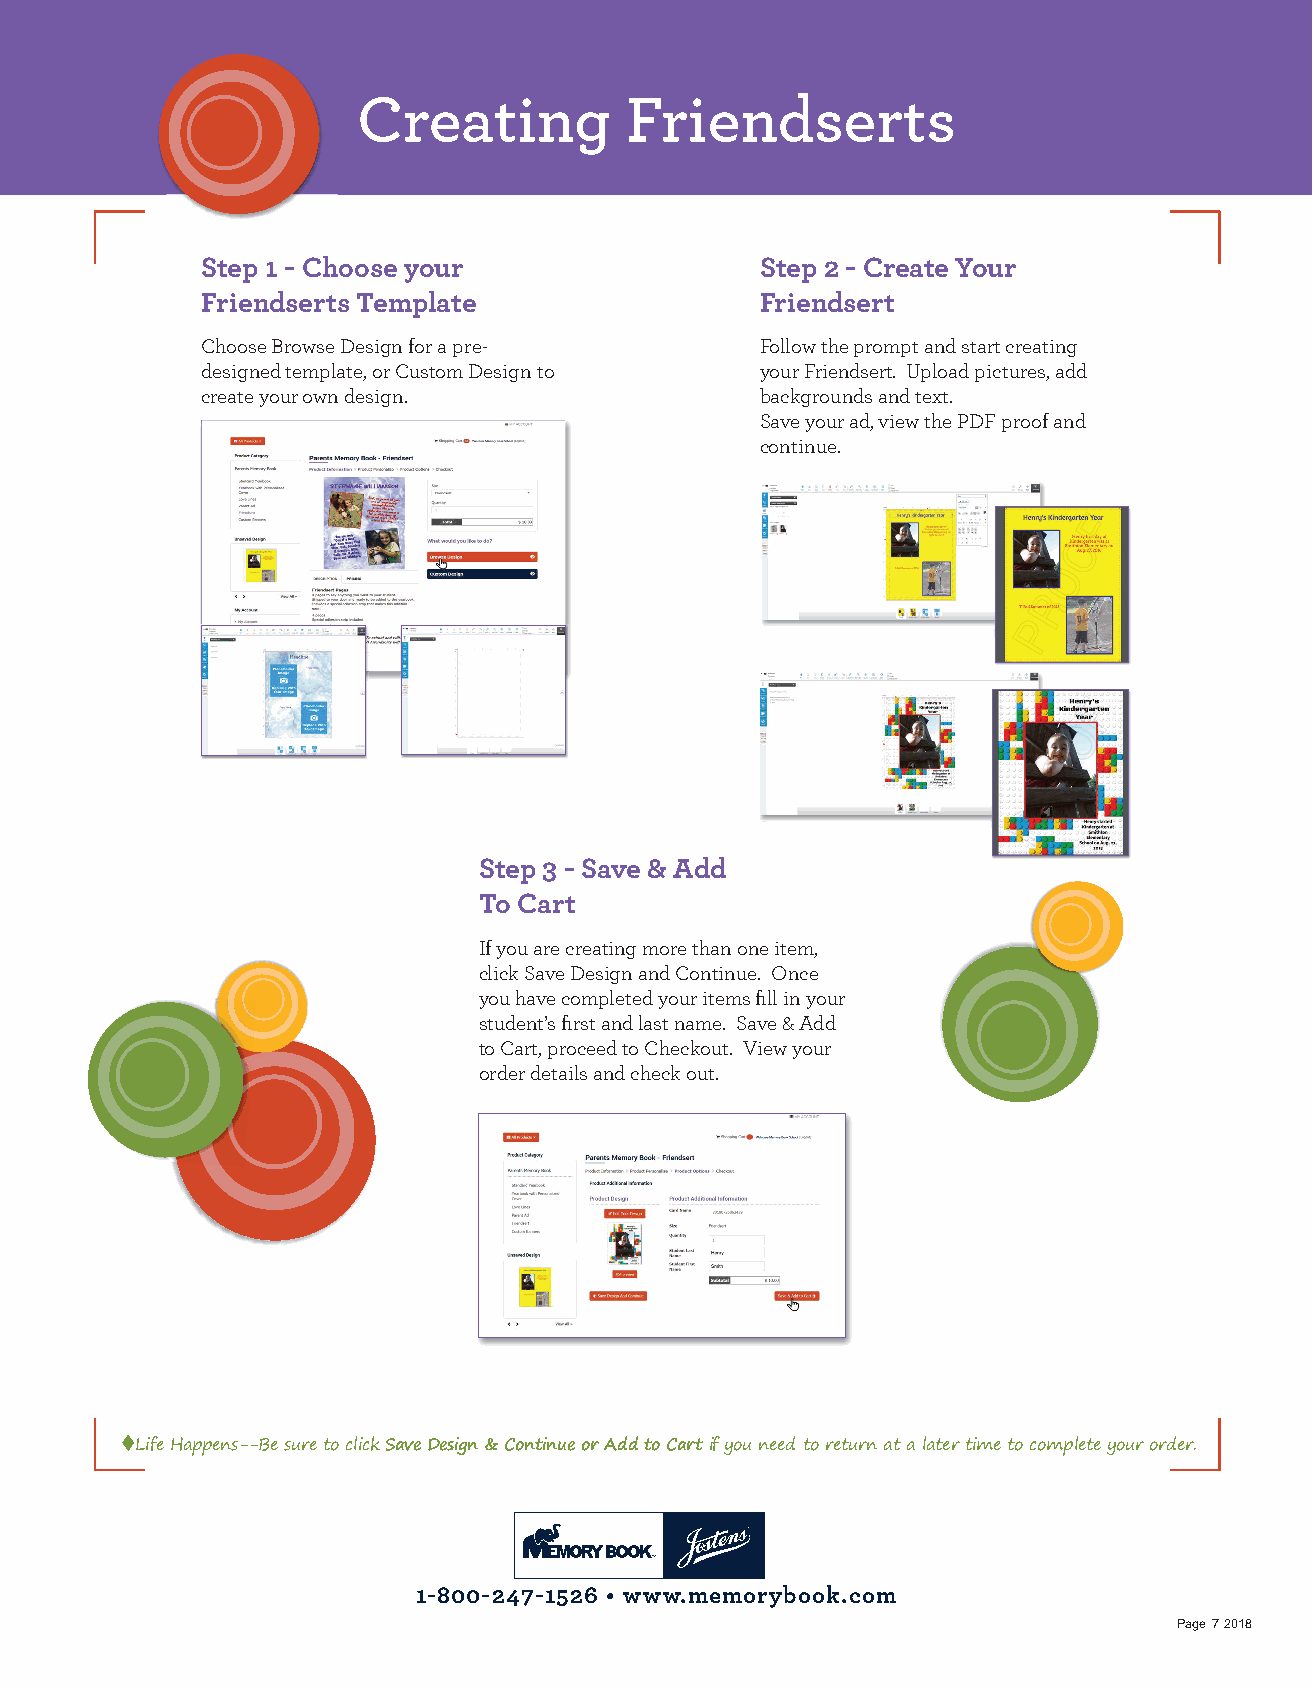
Creating         Friendserts
 Step 1 - Choose your                 Step 2 - Create Your
 Friendserts Template                 Friendsert
 Choose Browse Design for a pre-      Follow the prompt and start creating
 designed template, or Custom Design to your Friendsert. Upload pictures, add
 create your own design.              backgrounds and text.
 Save your ad, view the PDF proof and
 continue.
 Step 3 - Save & Add
 To Cart
 If you are creating more than one item,
 click Save Design and Continue. Once
 you have completed your items fi ll in your
 student’s fi rst and last name. Save & Add
 to Cart, proceed to Checkout. View your
 order details and check out.
 ♦Life Happens--Be sure to click Save Design & Continue or Add to Cart if you need to return at a later time to complete your order.
 1-800-247-1526 • www.memorybook.com
 Page 7 2018